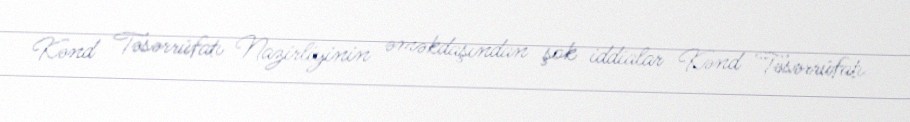
Kənd Təsərrüfatı Nazirliyinin əməkdaşından şok iddialar Kənd Təsərrüfatı